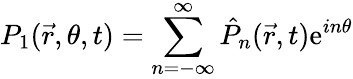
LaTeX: P_{1}(\vec{r},\theta,t)=\sum_{n=-\infty}^{\infty}\hat{P}_{n}(\vec{r},t)\mathrm{e}^{in\theta}